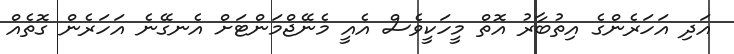
އަދި އަހަރެންގެ އިތުބާރު އޮތް މީހަކީވެސް އެއީ މެނޭޖްމަންޓަށް އެނގޭނެ އަހަރެން ގޮތެއް